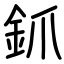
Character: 釽